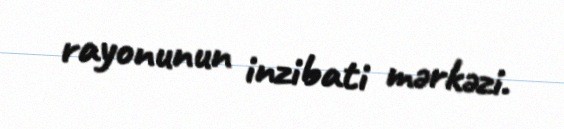
rayonunun inzibati mərkəzi.